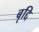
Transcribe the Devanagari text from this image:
बृद्दि